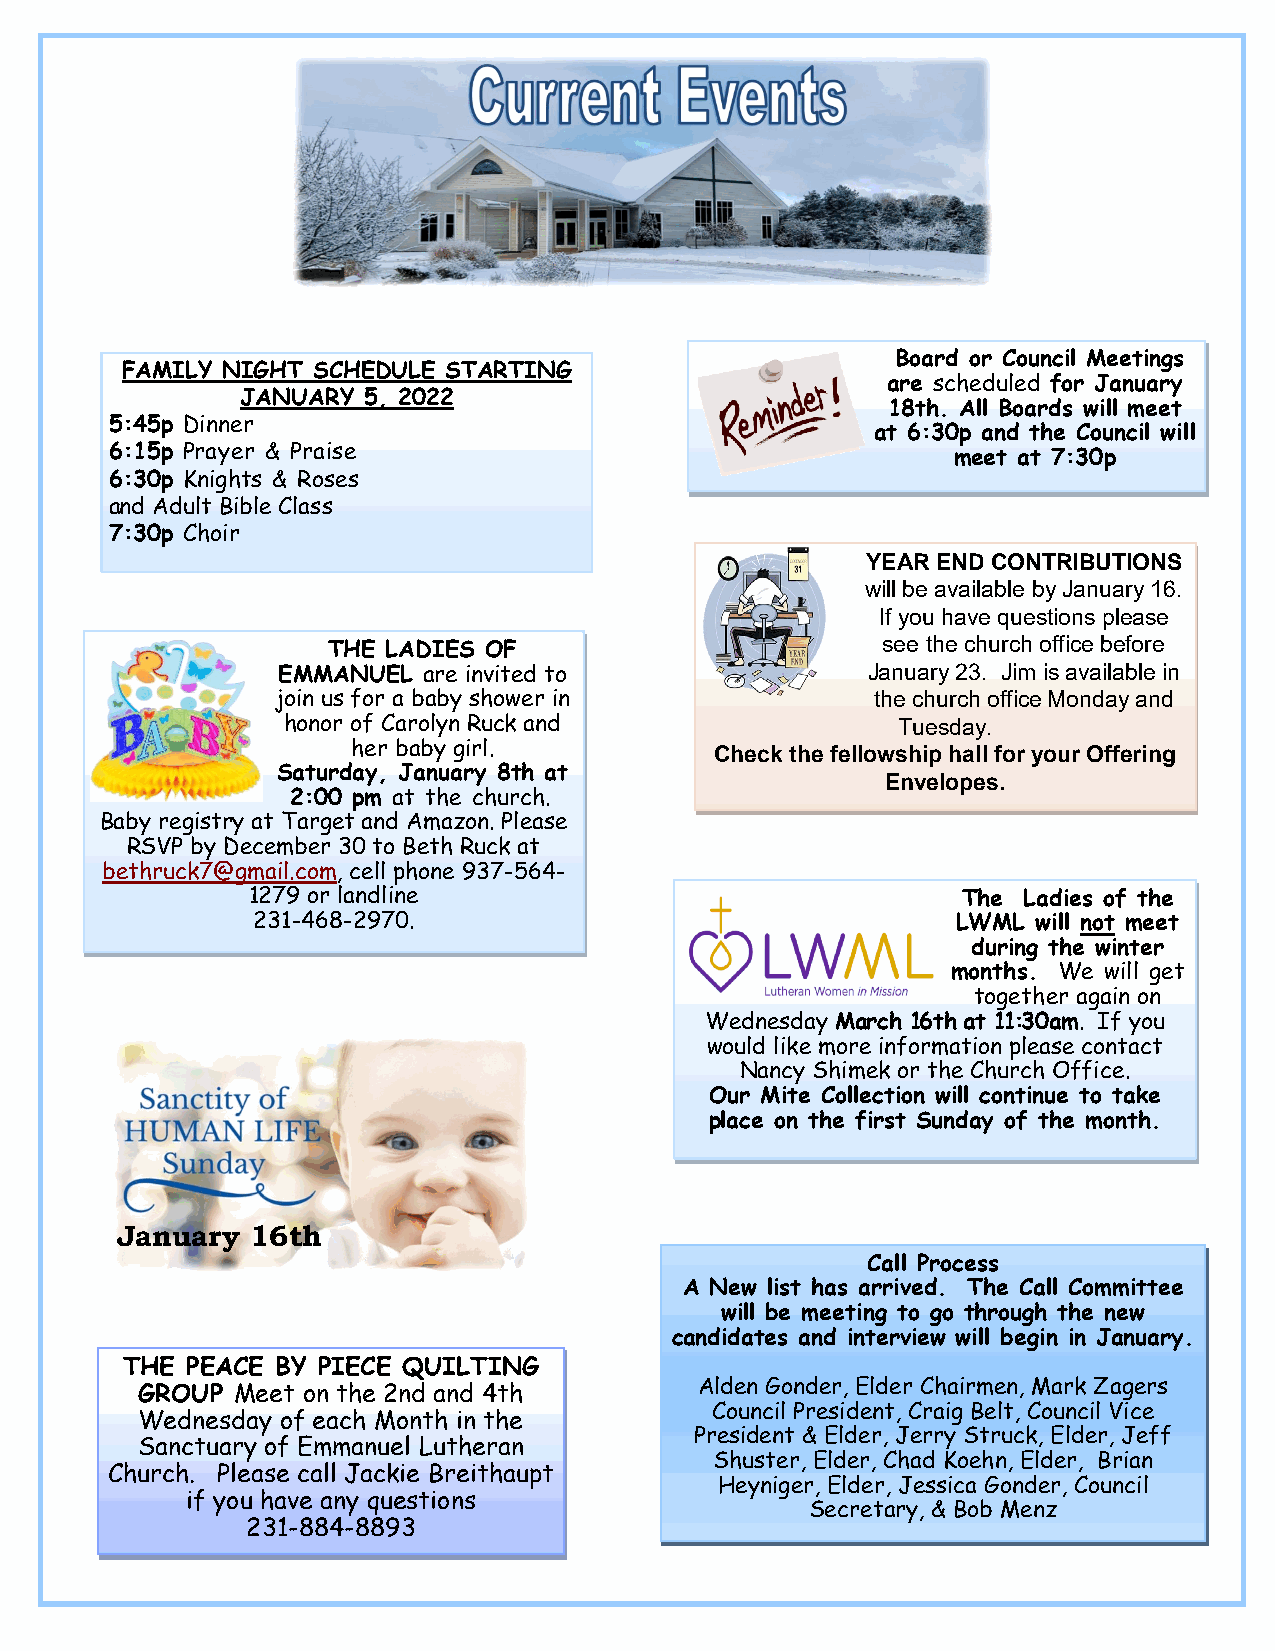
Board or Council Meetings
 FAMILY NIGHT SCHEDULE STARTING
 are scheduled for January
 JANUARY 5, 2022
 18th. All Boards will meet
 5:45p Dinner
 at 6:30p and the Council will
 6:15p Prayer & Praise                                   meet at 7:30p
 6:30p Knights & Roses
 and Adult Bible Class
 7:30p Choir
 YEAR END CONTRIBUTIONS
 will be available by January 16.
 If you have questions please
 THE LADIES OF                       see the church office before
 EMMANUEL  are invited to               January 23. Jim is available in
 join us for a baby shower in            the church office Monday and
 honor of Carolyn Ruck and               Tuesday.
 her baby girl.          Check the fellowship hall for your Offering
 Saturday, January 8th at
 Envelopes.
 2:00 pm at the church.
 Baby registry at Target and Amazon. Please
 RSVP by December 30 to Beth Ruck at
 bethruck7@gmail.com, cell phone 937-564-
 1279 or landline                                The Ladies of the
 231-468-2970.                                 LWML  will not meet
 during the winter
 months. We will get
 together again on
 Wednesday March 16th at 11:30am. If you
 would like more information please contact
 Nancy Shimek or the Church Office.
 Our Mite Collection will continue to take
 place on the first Sunday of the month.
 January  16th
 Call Process
 A New list has arrived. The Call Committee
 will be meeting to go through the new
 candidates and interview will begin in January.
 THE PEACE BY PIECE QUILTING
 Alden Gonder, Elder Chairmen, Mark Zagers
 GROUP Meet on the 2nd and 4th
 Council President, Craig Belt, Council Vice
 Wednesday of each Month in the
 President & Elder, Jerry Struck, Elder, Jeff
 Sanctuary of Emmanuel Lutheran
 Shuster, Elder, Chad Koehn, Elder, Brian
 Church. Please call Jackie Breithaupt
 Heyniger, Elder, Jessica Gonder, Council
 if you have any questions
 Secretary, & Bob Menz
 231-884-8893